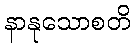
နာနုသောစတိ